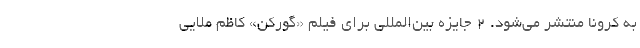
به کرونا منتشر می‌شود. 2 جایزه بین‌المللی برای فیلم «گورکن» کاظم ملایی